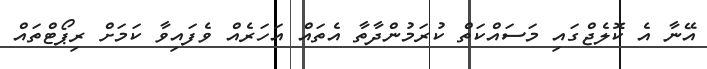
އޭނާ އެ ކޮލެޖްގައި މަސައްކަތް ކުރަމުންދާތާ އެތައް އަހަރެއް ވެފައިވާ ކަމަށް ރިޕޯޓްތައް